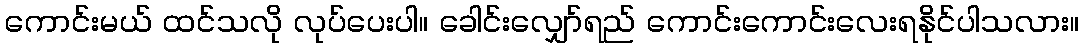
ကောင်းမယ် ထင်သလို လုပ်ပေးပါ။ ခေါင်းလျှော်ရည် ကောင်းကောင်းလေးရနိုင်ပါသလား။